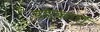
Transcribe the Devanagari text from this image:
बहकाएॅ